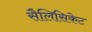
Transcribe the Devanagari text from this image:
सैलिसिकेट